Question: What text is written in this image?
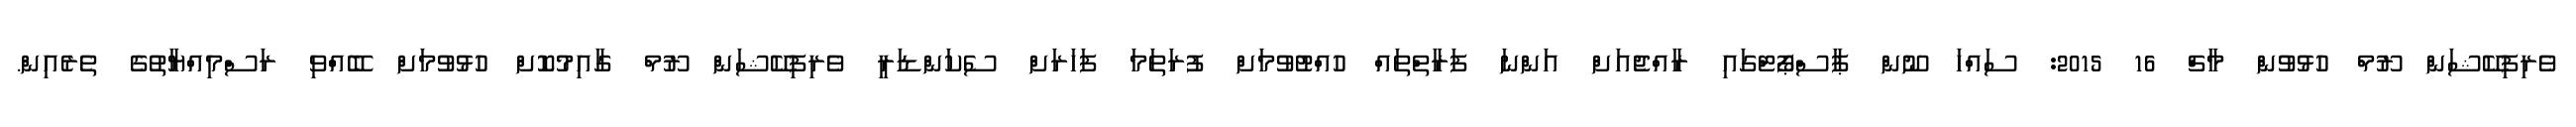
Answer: ވެރިފިކޭޝަން ރޫމް ހުޅުވުން މާޗް 16 2015: ސައްހަ ނޫން ޕާސްޕޯޓްގައި ރާއްޖެއަށް އަންނަ ފަރާތްތައް ހުއްޓުވުމަށް ފުރަތަމަ ފަހަރަށް ސެކަންޑަރީ ވެރިފިކޭޝަން ރޫމް ގާއިމުކޮށް ހުޅުވުމަށް ބޭއްްވި ރަސްމިއްޔާތުގެ ތެރެއިން.